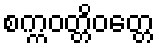
စက္ကဝတ္တိဝတ္တေ